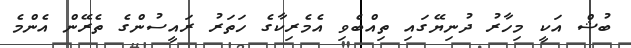
ބުޝް އަކީ މިހާރު ދުނިޔޭގައި ތިއްބެވި އެެމެރިކާގެ ހަތަރު ރައީސުންގެ ތެރޭން އެންމެ